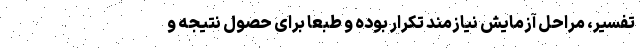
تفسیر، مراحل آزمایش نیازمند تکرار بوده و طبعاَ برای حصول نتیجه و